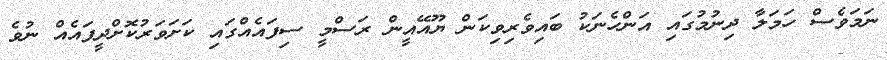
ނަމަވެސް ހަމަލާ ދިނުމުގައި އަންހެނަކު ބައިވެރިވިކަން ޔޫއޭއީން ރަސްމީ ސިފައެއްގައި ކަށަވަރުކޮށްދީފައެއް ނުވެ